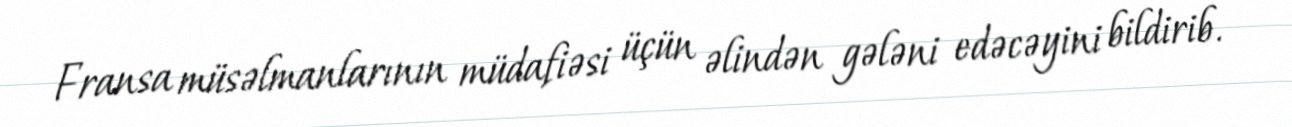
Fransa müsəlmanlarının müdafiəsi üçün əlindən gələni edəcəyini bildirib.